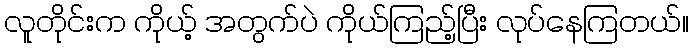
လူတိုင်းက ကိုယ့် အတွက်ပဲ ကိုယ်ကြည့်ပြီး လုပ်နေကြတယ်။